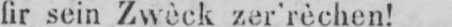
fir sein Zwèck zer’rèchen!